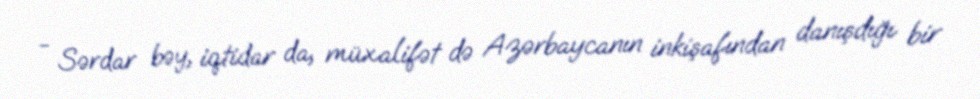
- Sərdar bəy, iqtidar da, müxalifət də Azərbaycanın inkişafından danışdığı bir